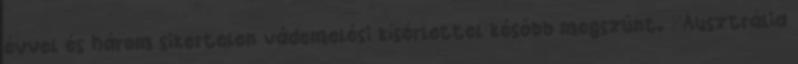
évvel és három sikertelen vádemelési kísérlettel később megszűnt. "Ausztrália